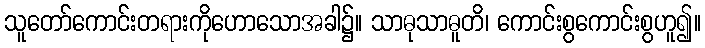
သူတော်ကောင်းတရားကိုဟောသောအခါ၌။ သာဓုသာဓူတိ၊ ကောင်းစွကောင်းစွဟူ၍။